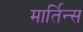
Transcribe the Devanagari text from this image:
मार्तिन्स